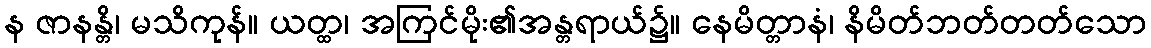
န ဇာနန္တိ၊ မသိကုန်။ ယတ္ထ၊ အကြင်မိုး၏အန္တရာယ်၌။ နေမိတ္တာနံ၊ နိမိတ်ဘတ်တတ်သော